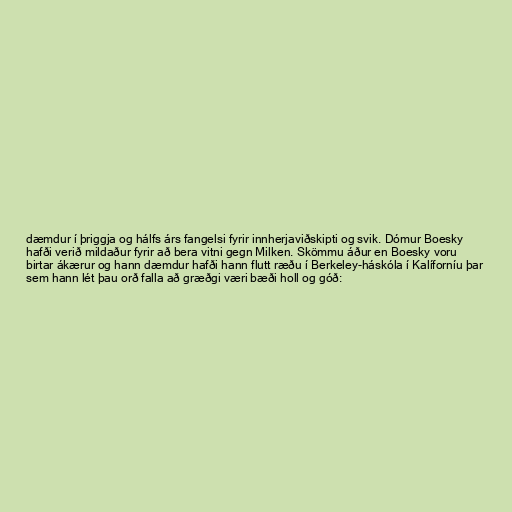
dæmdur í þriggja og hálfs árs fangelsi fyrir innherjaviðskipti og svik. Dómur Boesky
hafði verið mildaður fyrir að bera vitni gegn Milken. Skömmu áður en Boesky voru
birtar ákærur og hann dæmdur hafði hann flutt ræðu í Berkeley-háskóla í Kalíforníu þar
sem hann lét þau orð falla að græðgi væri bæði holl og góð: